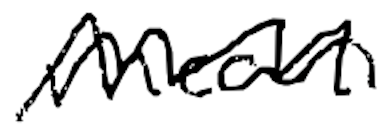
Text: mean
Cross-out: zig-zag
Writing tool: digital_black